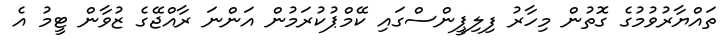
ތައްޔާރުވުމުގެ ގޮތުން މިހާރު ފިލިޕީންސްގައި ކޭމްޕުކުރަމުން އަންނަ ރާއްޖޭގެ ޒުވާން ޓީމު އެ